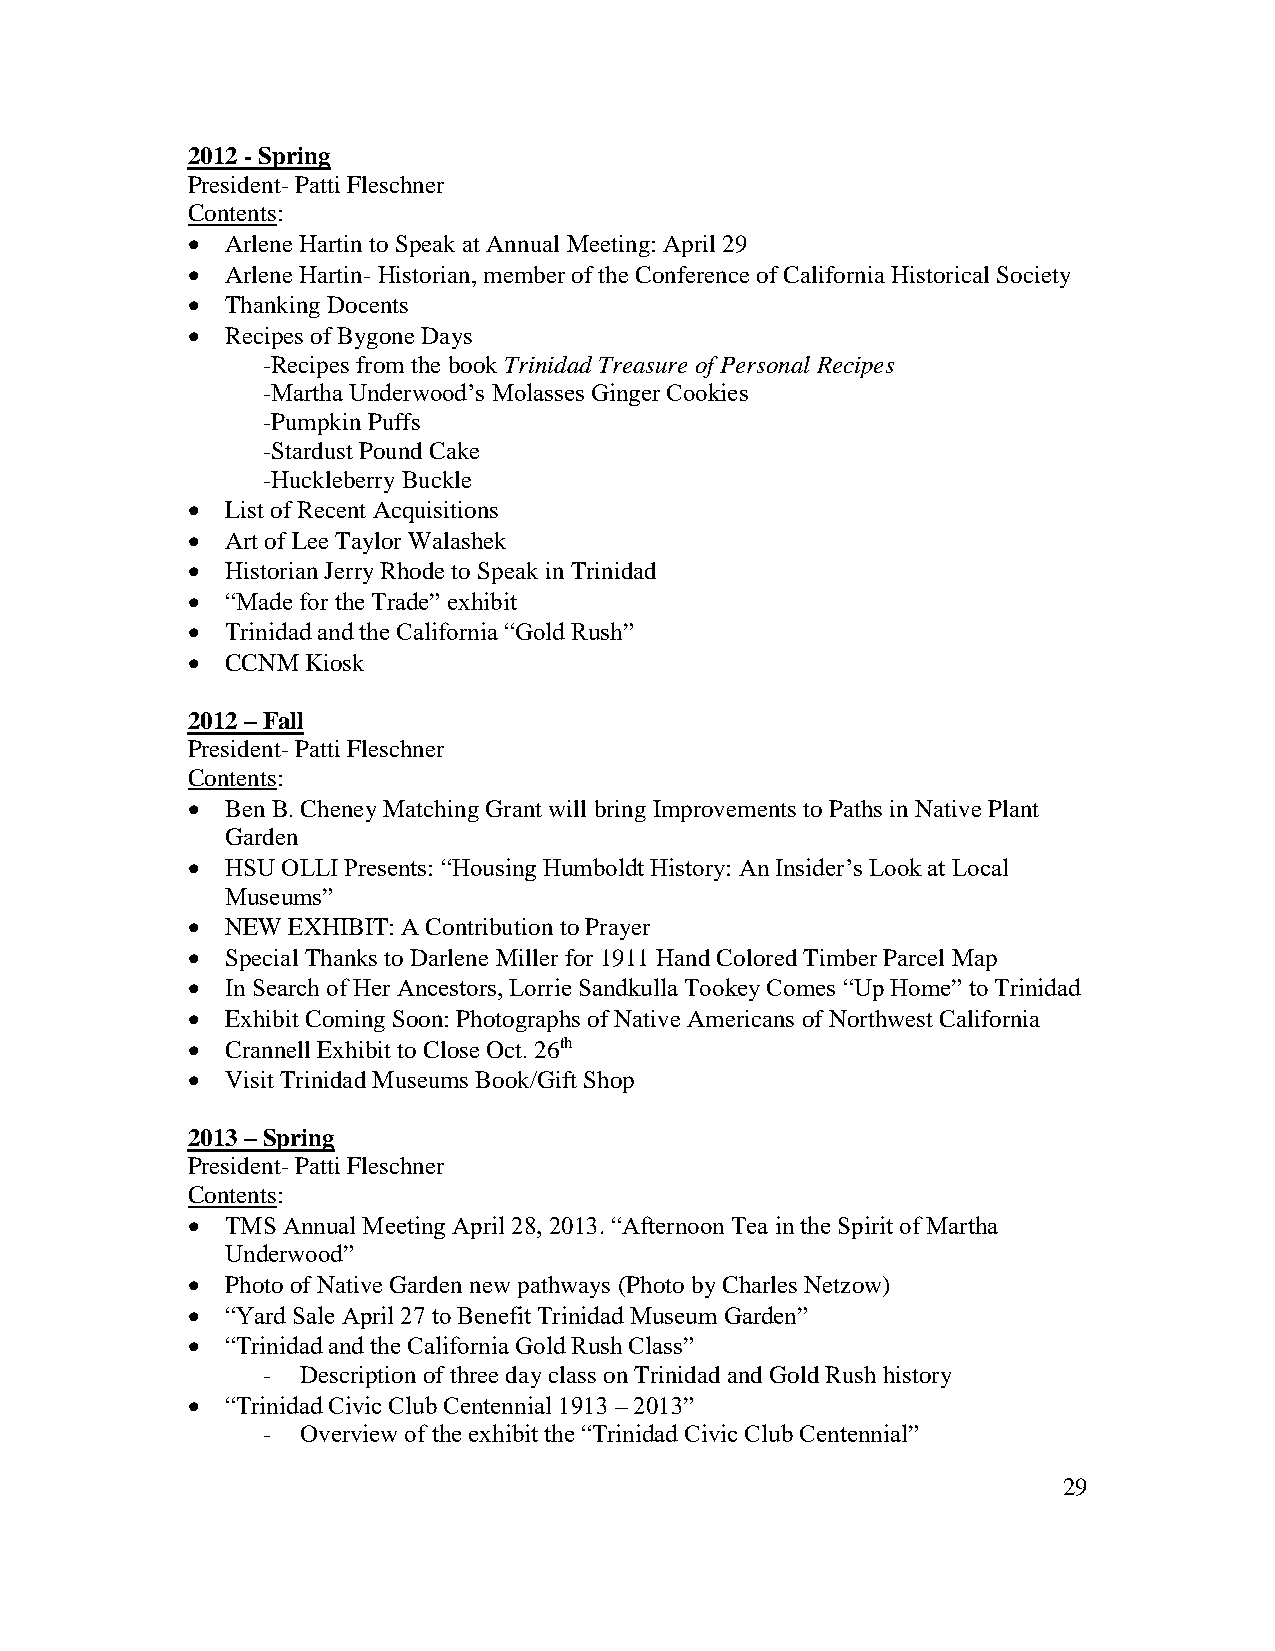
2012 - Spring
 President- Patti Fleschner
 Contents:
   Arlene Hartin to Speak at Annual Meeting: April 29
   Arlene Hartin- Historian, member of the Conference of California Historical Society
   Thanking Docents
   Recipes of Bygone Days
 -Recipes from the book Trinidad Treasure of Personal Recipes
 -Martha Underwood’s Molasses Ginger Cookies
 -Pumpkin Puffs
 -Stardust Pound Cake
 -Huckleberry Buckle
   List of Recent Acquisitions
   Art of Lee Taylor Walashek
   Historian Jerry Rhode to Speak in Trinidad
   “Made for the Trade” exhibit
   Trinidad and the California “Gold Rush”
   CCNM Kiosk
 2012 – Fall
 President- Patti Fleschner
 Contents:
   Ben B. Cheney Matching Grant will bring Improvements to Paths in Native Plant
 Garden
   HSU OLLI Presents: “Housing Humboldt History: An Insider’s Look at Local
 Museums”
   NEW EXHIBIT: A Contribution to Prayer
   Special Thanks to Darlene Miller for 1911 Hand Colored Timber Parcel Map
   In Search of Her Ancestors, Lorrie Sandkulla Tookey Comes “Up Home” to Trinidad
   Exhibit Coming Soon: Photographs of Native Americans of Northwest California
   Crannell Exhibit to Close Oct. 26th
   Visit Trinidad Museums Book/Gift Shop
 2013 – Spring
 President- Patti Fleschner
 Contents:
   TMS Annual Meeting April 28, 2013. “Afternoon Tea in the Spirit of Martha
 Underwood”
   Photo of Native Garden new pathways (Photo by Charles Netzow)
   “Yard Sale April 27 to Benefit Trinidad Museum Garden”
   “Trinidad and the California Gold Rush Class”
 -  Description of three day class on Trinidad and Gold Rush history
   “Trinidad Civic Club Centennial 1913 – 2013”
 -  Overview of the exhibit the “Trinidad Civic Club Centennial”
 29